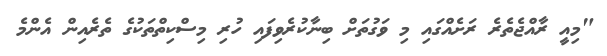
"މިއީ ރާއްޖެތެރެ ރަށެއްގައި މި ވަގުތަށް ބިނާކުރެވިފައި ހުރި މިސްކިތްތަކުގެ ތެރެއިން އެންމެ